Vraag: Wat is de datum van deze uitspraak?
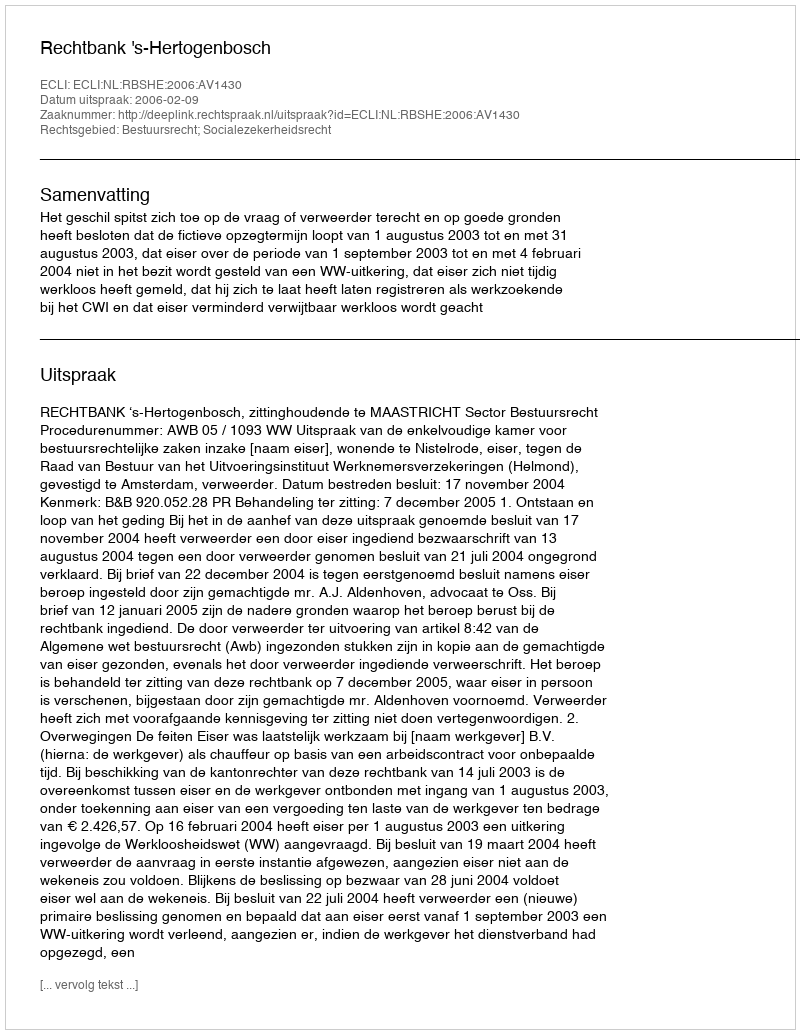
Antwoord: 2006-02-09